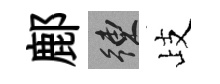
鄜練歧